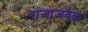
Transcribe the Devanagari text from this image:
राजाजवळ